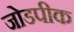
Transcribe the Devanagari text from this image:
जोडपीक